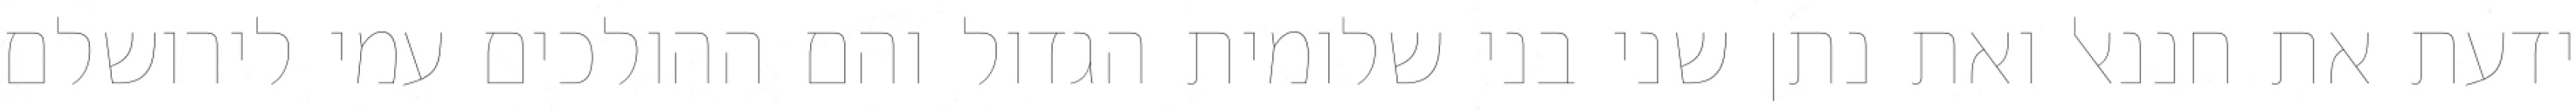
ידעת את חננאל ואת נתן שני בני שלומית הגדול והם ההולכים עמי לירושלם